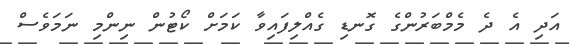
އަދި އެ ދެ މެމްބަރުންގެ ގޮނޑި ގެއްލިފައިވާ ކަމަށް ކޯޓުން ނިންމި ނަމަވެސް